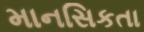
માનસિકતા